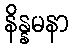
နိန္နမနာ